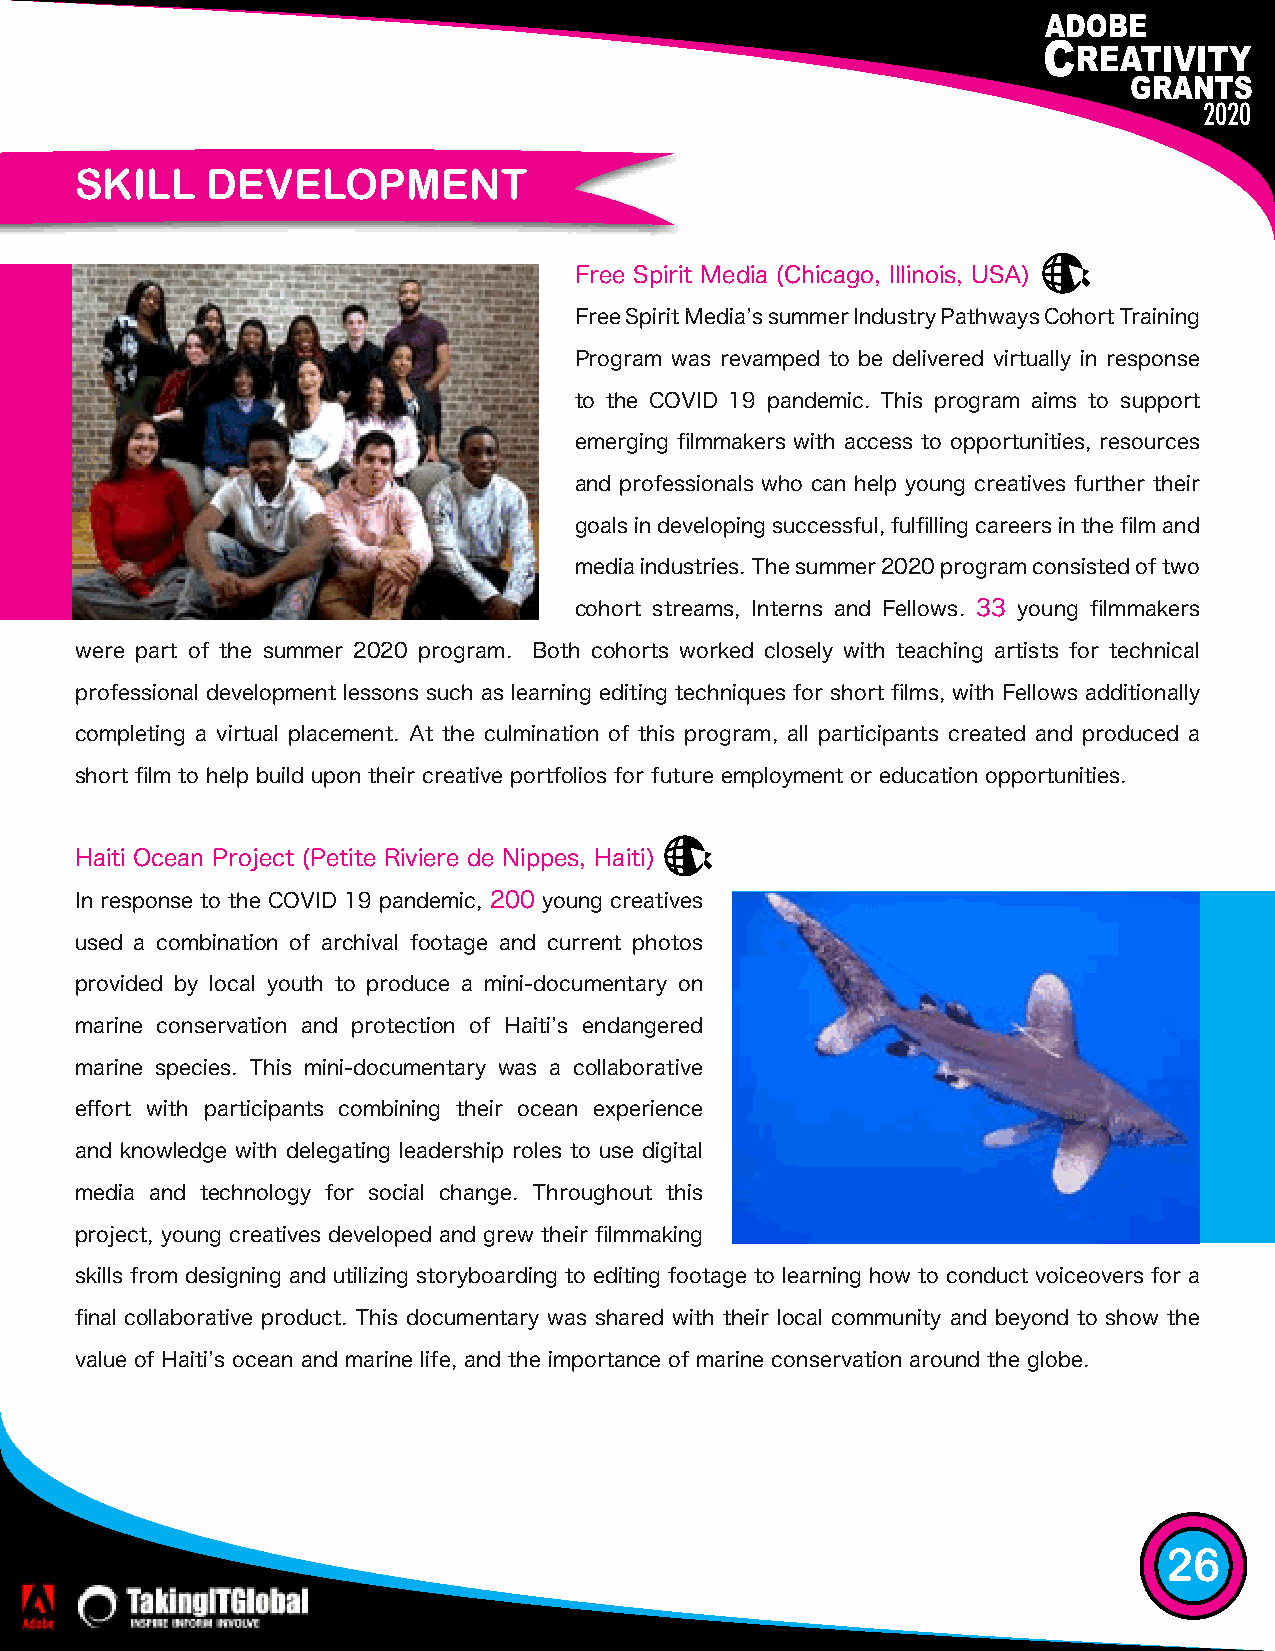
2020
 SKILL    DEVELOPMENT
 Free Spirit Media (Chicago, Illinois, USA)
 Free Spirit Mediaʼs summer Industry Pathways Cohort Training
 Program was revamped to be delivered virtually in response
 to the COVID 19 pandemic. This program aims to support
 emerging filmmakers with access to opportunities, resources
 and professionals who can help young creatives further their
 goals in developing successful, fulfilling careers in the film and
 media industries. The summer 2020 program consisted of two
 cohort streams, Interns and Fellows. 33 young filmmakers
 were part of the summer 2020 program. Both cohorts worked closely with teaching artists for technical
 professional development lessons such as learning editing techniques for short films, with Fellows additionally
 completing a virtual placement. At the culmination of this program, all participants created and produced a
 short film to help build upon their creative portfolios for future employment or education opportunities.
 Haiti Ocean Project (Petite Riviere de Nippes, Haiti)
 In response to the COVID 19 pandemic, 200 young creatives
 used a combination of archival footage and current photos
 provided by local youth to produce a mini-documentary on
 marine conservation and protection of Haitiʼs endangered
 marine species. This mini-documentary was a collaborative
 effort with participants combining their ocean experience
 and knowledge with delegating leadership roles to use digital
 media and technology for social change. Throughout this
 project, young creatives developed and grew their filmmaking
 skills from designing and utilizing storyboarding to editing footage to learning how to conduct voiceovers for a
 final collaborative product. This documentary was shared with their local community and beyond to show the
 value of Haitiʼs ocean and marine life, and the importance of marine conservation around the globe.
 26